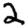
Digit: 2